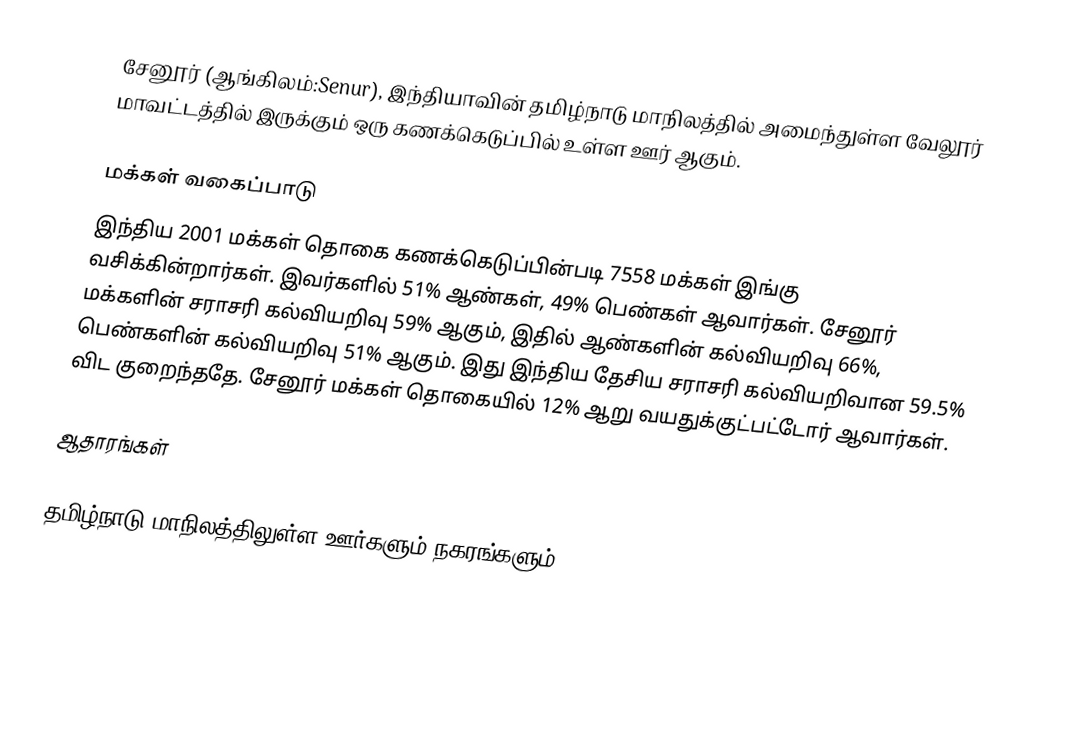
சேனூர் (ஆங்கிலம்:Senur), இந்தியாவின் தமிழ்நாடு மாநிலத்தில் அமைந்துள்ள வேலூர் மாவட்டத்தில் இருக்கும் ஒரு கணக்கெடுப்பில் உள்ள ஊர்  ஆகும்.

மக்கள் வகைப்பாடு
இந்திய 2001 மக்கள் தொகை கணக்கெடுப்பின்படி 7558 மக்கள் இங்கு வசிக்கின்றார்கள். இவர்களில் 51% ஆண்கள், 49% பெண்கள் ஆவார்கள். சேனூர் மக்களின் சராசரி கல்வியறிவு 59% ஆகும்,  இதில் ஆண்களின் கல்வியறிவு 66%,  பெண்களின் கல்வியறிவு 51% ஆகும். இது இந்திய தேசிய சராசரி கல்வியறிவான 59.5% விட குறைந்ததே. சேனூர் மக்கள் தொகையில் 12%  ஆறு வயதுக்குட்பட்டோர் ஆவார்கள்.

ஆதாரங்கள்

தமிழ்நாடு மாநிலத்திலுள்ள ஊர்களும் நகரங்களும்